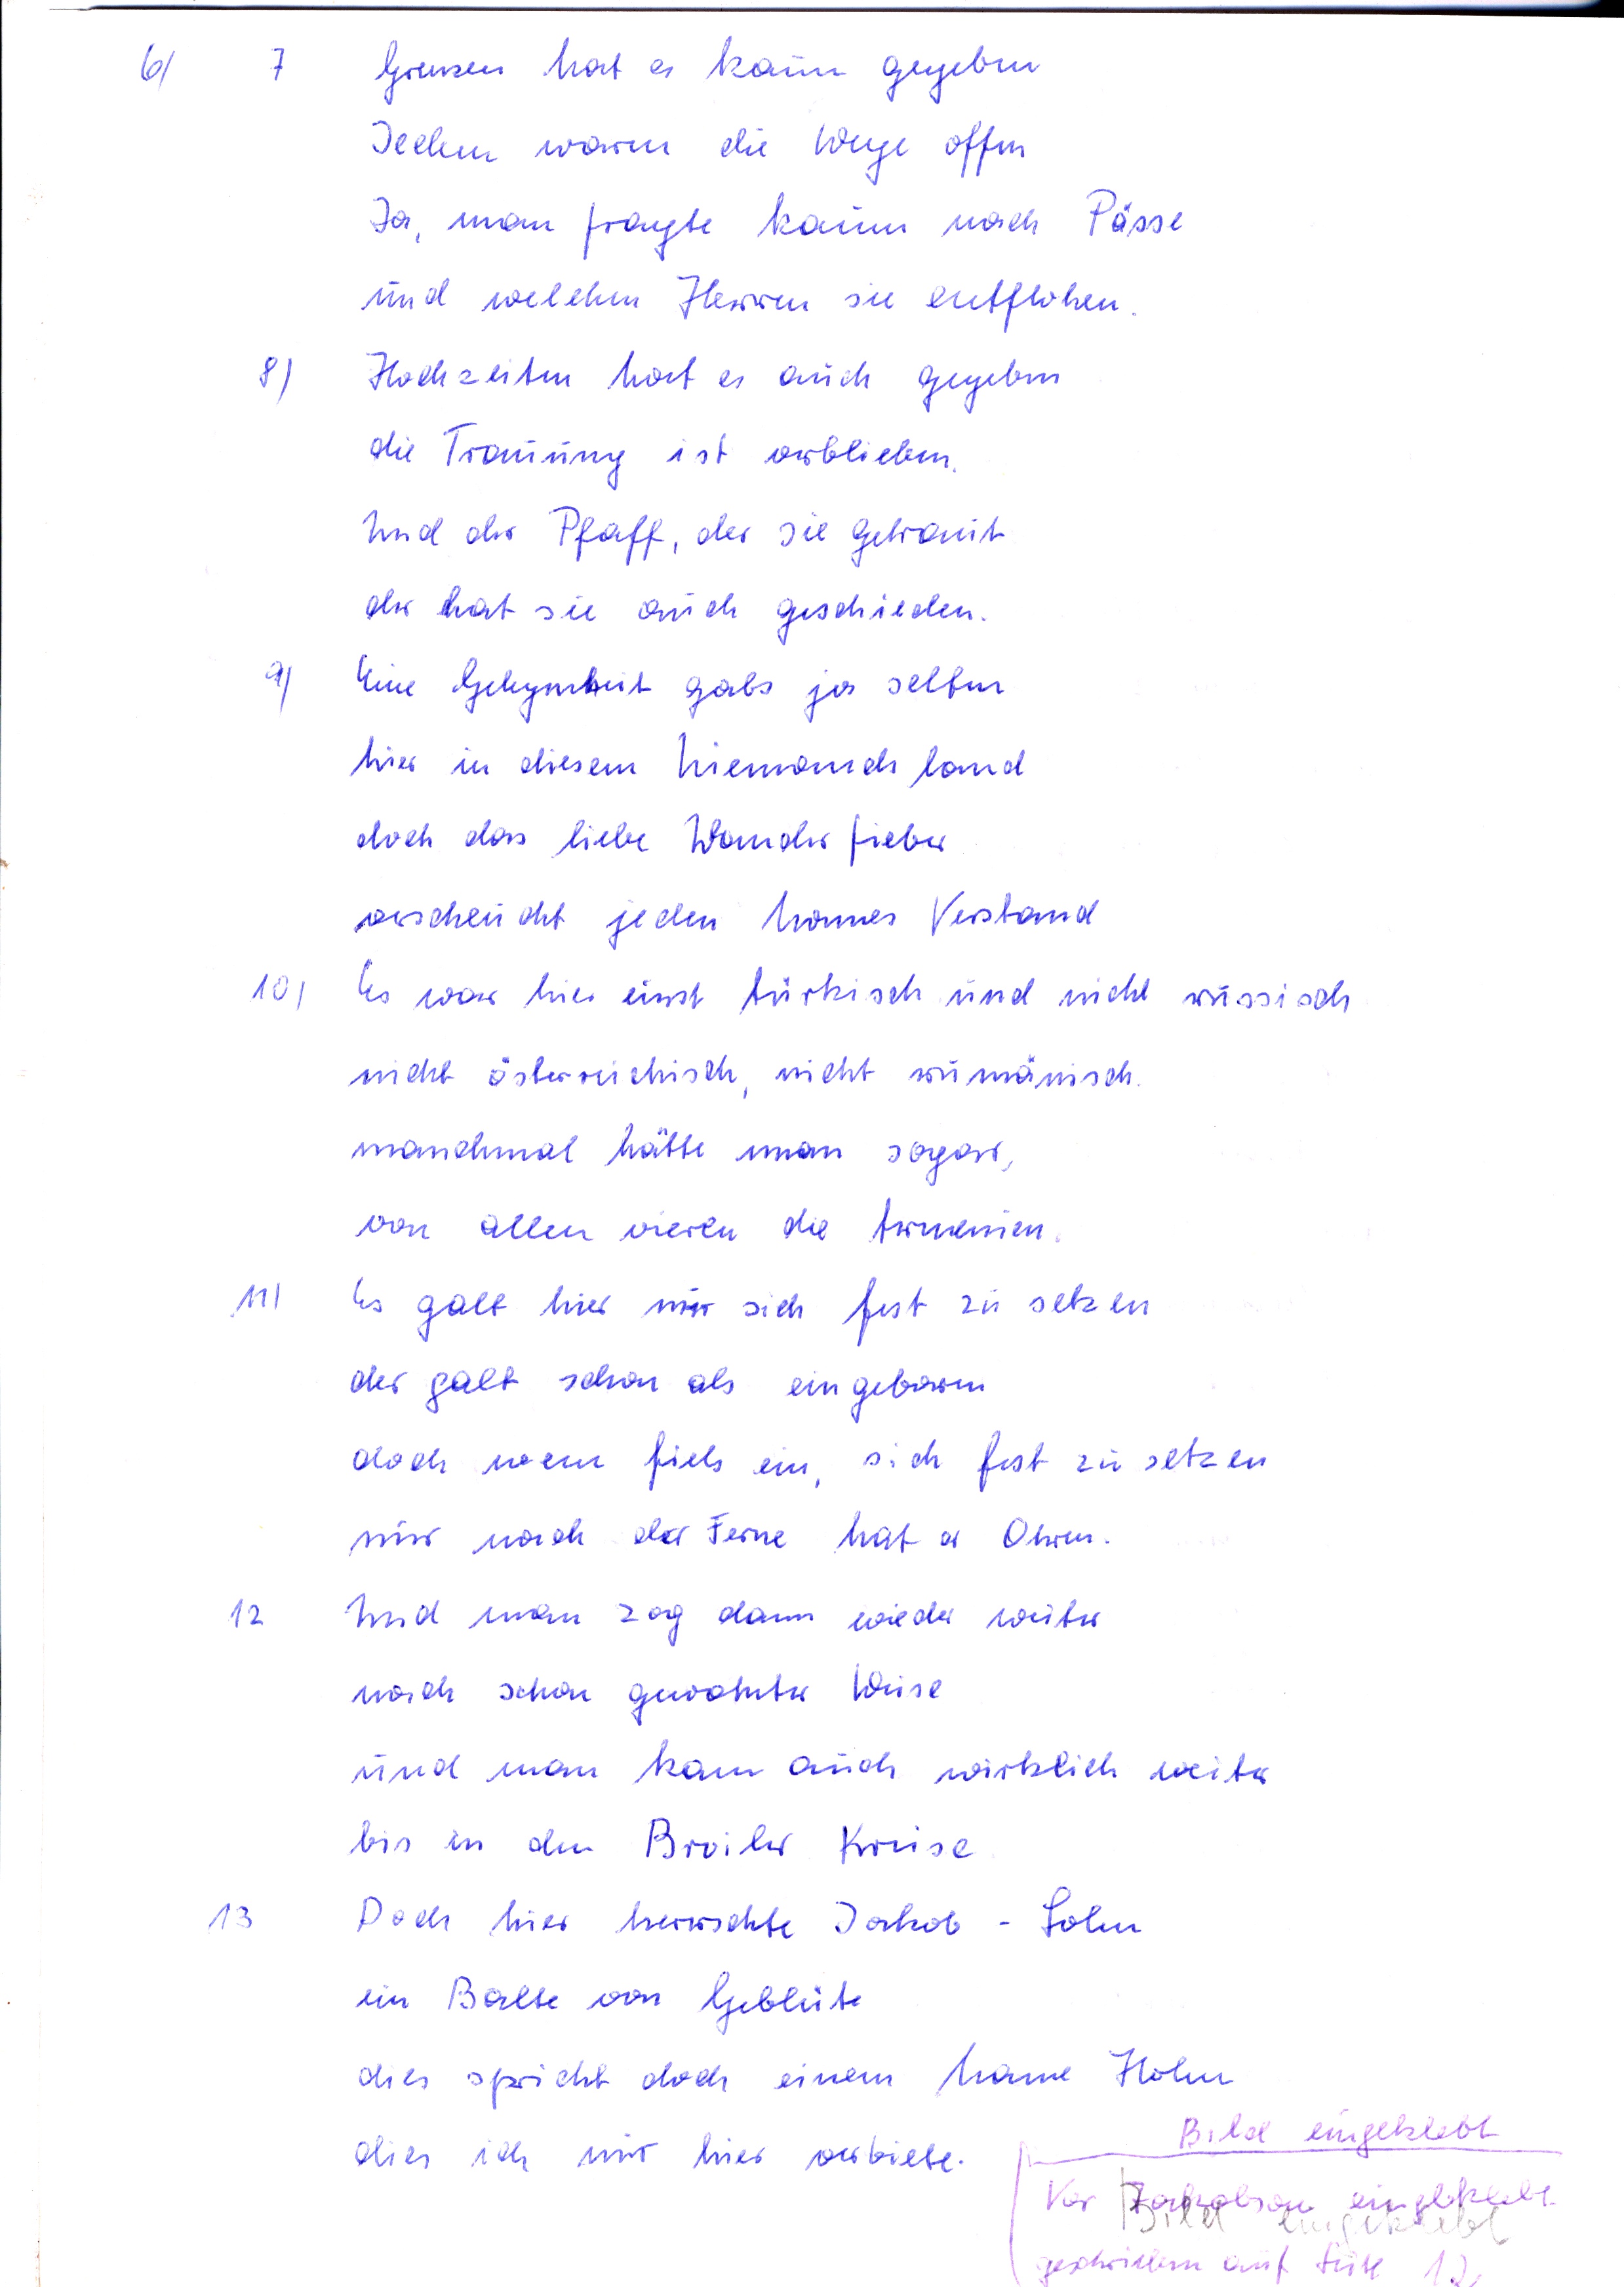
7 Grenzen hat es kaum gegeben
Jedem warm die Wege offen
Ja, man fragte kaum nach Pässe
und welchen Herren sie entflohen
8) Hochzeiten hat es auch gegeben
die Trauung ist verblieben
Und der Pfaff, der sie getraut
der hat sie auch geschieden
9) Eine Gelegenheit gabs ja selten
hier in diesem NIemandsland
doch das liebe Wanderfieber
verscheucht jeden Mannes Verstand
10) Es war hier einst türkisch und nicht russisch
nicht österreichisch, nicht rumänisch
manchmal hätte man sogarr
von allen vieren die Armenien
11) Es galt hier nur sich fest zu setzen
der galt schon als eingeboren
doch wem fiels ein, sich fest zu setzen
nur nach der Ferne hat er Ohren
12 Und man zog dann wieder weiter
nach schon gewohnter Weise
und man kam auch wirklich weiter
bis in den Brailer Kreise
13 Doch hier herrschte Jakob-Sohn
ein Balte von Geblüte
dies spricht doch einem Manne Hohn
dies ich mir hier verbiete